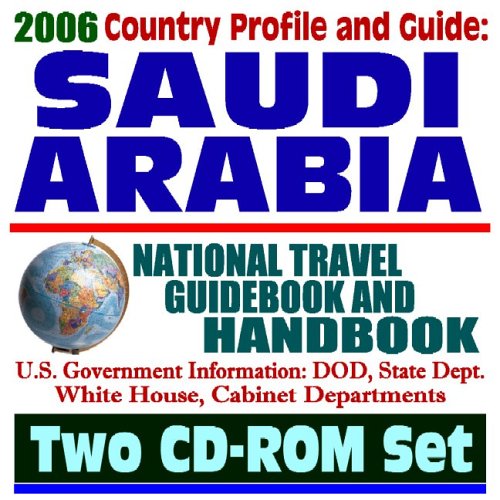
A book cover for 2006 Country Profile and Guide to Saudi Arabia: National Travel Guidebook and Handbook, including Economy, Riyadh and Terrorism, OPEC, Oil and Energy (Two CD-ROM Set); U.S. Government; Travel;